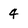
Character: 4